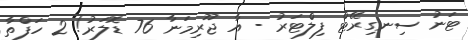
ޓަނު ސިނގިރޭޓް ފިލްޓަރު - އާ ޖޫރިމަނާ 76 ޑޮލަރު! 2 ހަފްތާ